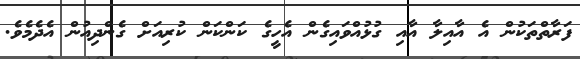
ފަރާތްތަކުން އެ އާއިލާ އާއި ގުޅުއްވައިގެން އެހީގެ ކަންކަން ކުރިއަށް ގެންދިއުން އެދެމެވެ.